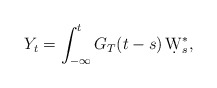
\begin{align*}Y_t= \int_{-\infty}^t G_T(t-s) \, \d W_s^*,\end{align*}